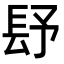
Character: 𨱢